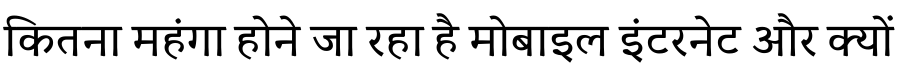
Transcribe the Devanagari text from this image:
कितना महंगा होने जा रहा है मोबाइल इंटरनेट और क्यों